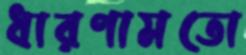
ধারণামতো